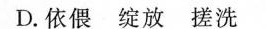
D.依偎 绽放 搓洗